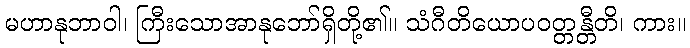
မဟာနုဘာဝါ၊ ကြီးသောအာနုဘော်ရှိတို့၏။ သံဂီတိယောပဝတ္တန္တီတိ၊ ကား။